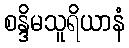
စန္ဒိမသူရိယာနံ